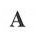
A